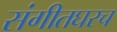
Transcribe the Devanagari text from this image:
संगीतघरच